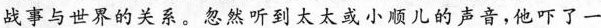
战事与世界的关系。忽然听到太太或小顺儿的声音，他吓了一